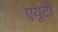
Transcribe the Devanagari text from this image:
एयूटी